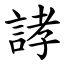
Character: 誟